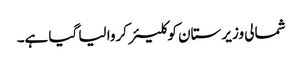
شمالی وزیر ستان کو کلیئر کروا لیا گیا ہے۔